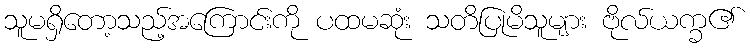
သူမရှိတော့သည့်အကြောင်းကို ပထမဆုံး သတိပြုမိသူများ ဗိုလ်ယက္ခ၏